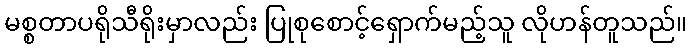
မစ္စတာပရိုသီရိုးမှာလည်း ပြုစုစောင့်ရှောက်မည့်သူ လိုဟန်တူသည်။